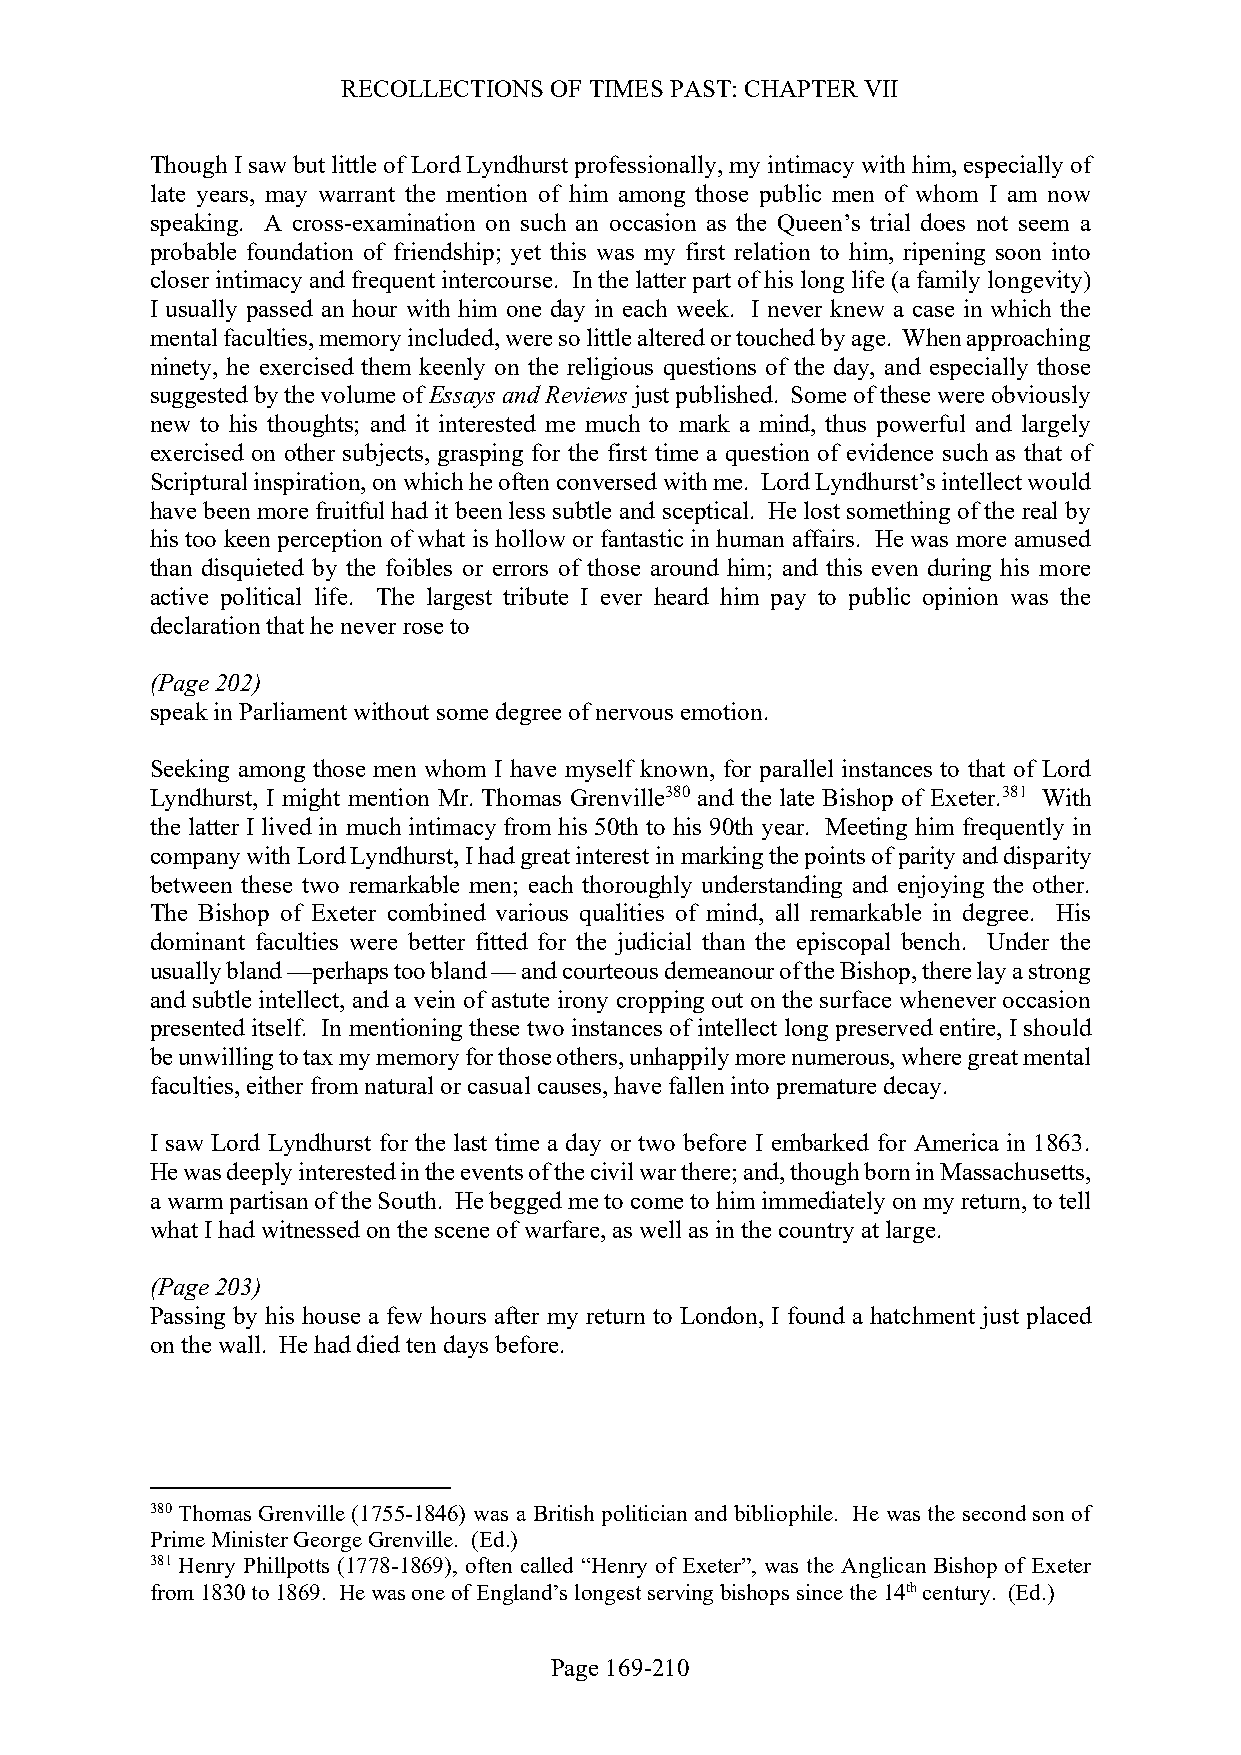
RECOLLECTIONS OF TIMES PAST: CHAPTER VII
 Though I saw but little of Lord Lyndhurst professionally, my intimacy with him, especially of
 late years, may warrant the mention of him among those public men of whom I am now
 speaking. A cross-examination on such an occasion as the Queen’s trial does not seem a
 probable foundation of friendship; yet this was my first relation to him, ripening soon into
 closer intimacy and frequent intercourse. In the latter part of his long life (a family longevity)
 I usually passed an hour with him one day in each week. I never knew a case in which the
 mental faculties, memory included, were so little altered or touched by age. When approaching
 ninety, he exercised them keenly on the religious questions of the day, and especially those
 suggested by the volume of Essays and Reviews just published. Some of these were obviously
 new to his thoughts; and it interested me much to mark a mind, thus powerful and largely
 exercised on other subjects, grasping for the first time a question of evidence such as that of
 Scriptural inspiration, on which he often conversed with me. Lord Lyndhurst’s intellect would
 have been more fruitful had it been less subtle and sceptical. He lost something of the real by
 his too keen perception of what is hollow or fantastic in human affairs. He was more amused
 than disquieted by the foibles or errors of those around him; and this even during his more
 active political life. The largest tribute I ever heard him pay to public opinion was the
 declaration that he never rose to
 (Page 202)
 speak in Parliament without some degree of nervous emotion.
 Seeking among those men whom I have myself known, for parallel instances to that of Lord
 Lyndhurst, I might mention Mr. Thomas Grenville380 and the late Bishop of Exeter.381 With
 the latter I lived in much intimacy from his 50th to his 90th year. Meeting him frequently in
 company with Lord Lyndhurst, I had great interest in marking the points of parity and disparity
 between these two remarkable men; each thoroughly understanding and enjoying the other.
 The Bishop of Exeter combined various qualities of mind, all remarkable in degree. His
 dominant faculties were better fitted for the judicial than the episcopal bench. Under the
 usually bland —perhaps too bland — and courteous demeanour of the Bishop, there lay a strong
 and subtle intellect, and a vein of astute irony cropping out on the surface whenever occasion
 presented itself. In mentioning these two instances of intellect long preserved entire, I should
 be unwilling to tax my memory for those others, unhappily more numerous, where great mental
 faculties, either from natural or casual causes, have fallen into premature decay.
 I saw Lord Lyndhurst for the last time a day or two before I embarked for America in 1863.
 He was deeply interested in the events of the civil war there; and, though born in Massachusetts,
 a warm partisan of the South. He begged me to come to him immediately on my return, to tell
 what I had witnessed on the scene of warfare, as well as in the country at large.
 (Page 203)
 Passing by his house a few hours after my return to London, I found a hatchment just placed
 on the wall. He had died ten days before.
 380 Thomas Grenville (1755-1846) was a British politician and bibliophile. He was the second son of
 Prime Minister George Grenville. (Ed.)
 381 Henry Phillpotts (1778-1869), often called “Henry of Exeter”, was the Anglican Bishop of Exeter
 from 1830 to 1869. He was one of England’s longest serving bishops since the 14th century. (Ed.)
 Page 169-210